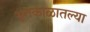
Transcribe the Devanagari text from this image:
भूतकाळातल्या